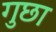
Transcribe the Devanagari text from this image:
गुछा